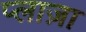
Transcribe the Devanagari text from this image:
प्‍लाज़ा